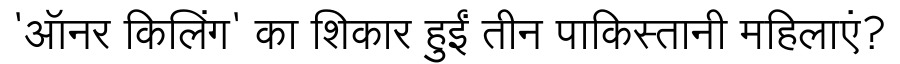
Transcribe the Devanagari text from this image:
'ऑनर किलिंग' का शिकार हुईं तीन पाकिस्तानी महिलाएं?